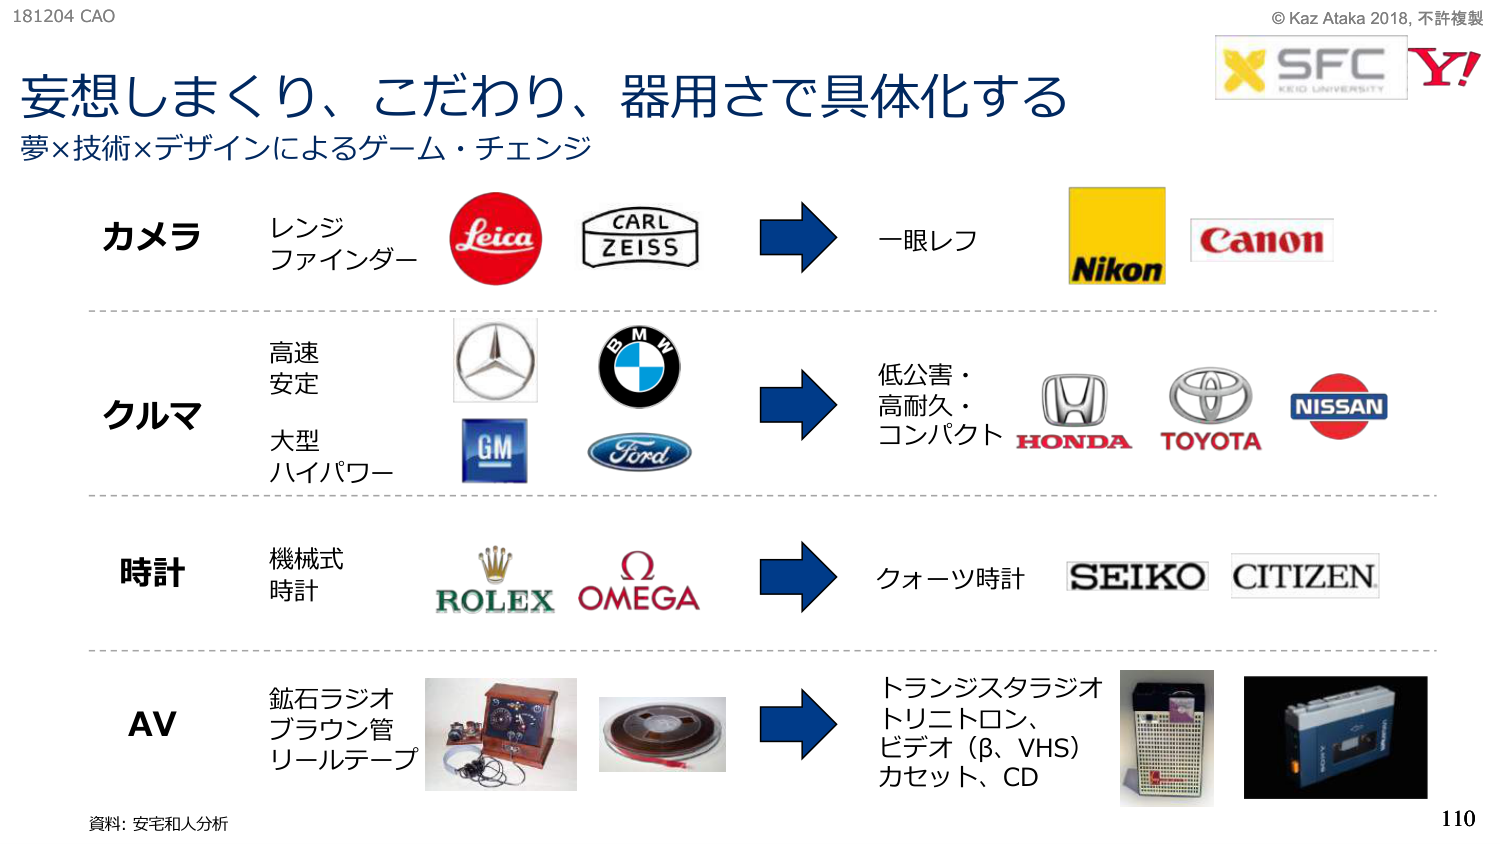
181204 CAO
妄想しまくり、こだわり、器用さで具体化する
夢×技術×デザインによるゲーム・チェンジ

カメラ
レンジ
ファインダー
Leica
CARL
ZEISS
→
一眼レフ
Nikon
Canon

クルマ
高速
安定
大型
ハイパワー
Mercedes-Benz
BMW
GM
Ford
→
低公害・
高耐久・
コンパクト
HONDA
TOYOTA
NISSAN

時計
機械式
時計
ROLEX
OMEGA
→
クォーツ時計
SEIKO
CITIZEN

AV
鉱石ラジオ
ブラウン管
リールテープ
→
トランジスタラジオ
トリニトロン、
ビデオ（β、VHS）
カセット、CD

資料: 安宅和人分析

© Kaz Ataka 2018, 不許複製
SFC
KEIO UNIVERSITY
Y!

110